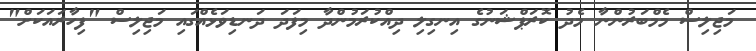
މަޖިލިސް މެމްބަރުންނާ މެދު ކޮރަޕްޝަނުގެ އިނގިލި ދިއްކުރަމުންދާ މިފަދަ ދަނޑިވަޅެއްގައި މަޖިލިސް "ފިހާރައަކަށް"